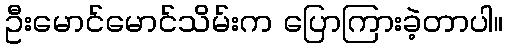
ဦးမောင်မောင်သိမ်းက ပြောကြားခဲ့တာပါ။